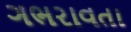
ગભરાવતા